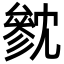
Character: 㓄